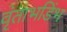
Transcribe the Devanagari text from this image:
वृंताभडिंभ